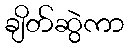
ချိတ်ဆွဲကာ